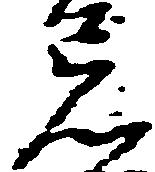
忘